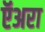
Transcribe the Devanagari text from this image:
ऍअरा